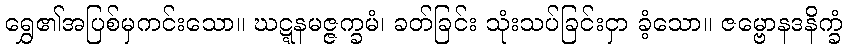
ရွှေ၏အပြစ်မှကင်းသော။ ဃဋ္ဋနမဇ္ဇက္ခမံ၊ ခတ်ခြင်း သုံးသပ်ခြင်းငှာ ခံ့သော။ ဇမ္ဗောနဒနိက္ခံ